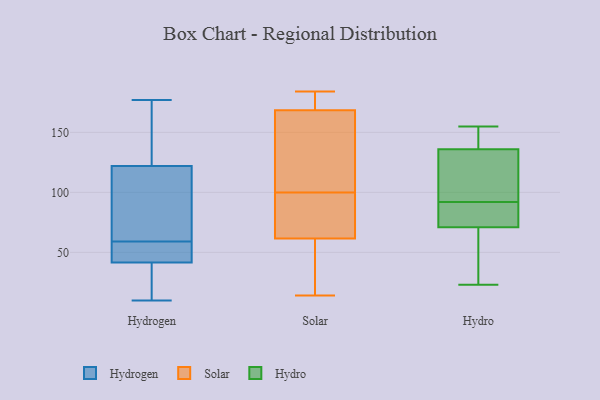
{"axis": {"x": "Latency (ms)", "y": "Value"}, "legend": ["Hydro", "Hydrogen", "Solar"], "data": [{"x": "", "y": 125, "type": "Hydrogen"}, {"x": "", "y": 77, "type": "Hydrogen"}, {"x": "", "y": 41, "type": "Hydrogen"}, {"x": "", "y": 137, "type": "Hydrogen"}, {"x": "", "y": 10, "type": "Hydrogen"}, {"x": "", "y": 132, "type": "Hydrogen"}, {"x": "", "y": 42, "type": "Hydrogen"}, {"x": "", "y": 16, "type": "Hydrogen"}, {"x": "", "y": 51, "type": "Hydrogen"}, {"x": "", "y": 61, "type": "Hydrogen"}, {"x": "", "y": 42, "type": "Hydrogen"}, {"x": "", "y": 119, "type": "Hydrogen"}, {"x": "", "y": 177, "type": "Hydrogen"}, {"x": "", "y": 57, "type": "Hydrogen"}, {"x": "", "y": 31, "type": "Hydrogen"}, {"x": "", "y": 92, "type": "Hydrogen"}, {"x": "", "y": 182, "type": "Solar"}, {"x": "", "y": 64, "type": "Solar"}, {"x": "", "y": 59, "type": "Solar"}, {"x": "", "y": 14, "type": "Solar"}, {"x": "", "y": 159, "type": "Solar"}, {"x": "", "y": 45, "type": "Solar"}, {"x": "", "y": 112, "type": "Solar"}, {"x": "", "y": 112, "type": "Solar"}, {"x": "", "y": 88, "type": "Solar"}, {"x": "", "y": 184, "type": "Solar"}, {"x": "", "y": 82, "type": "Solar"}, {"x": "", "y": 178, "type": "Solar"}, {"x": "", "y": 141, "type": "Hydro"}, {"x": "", "y": 89, "type": "Hydro"}, {"x": "", "y": 64, "type": "Hydro"}, {"x": "", "y": 155, "type": "Hydro"}, {"x": "", "y": 103, "type": "Hydro"}, {"x": "", "y": 78, "type": "Hydro"}, {"x": "", "y": 95, "type": "Hydro"}, {"x": "", "y": 87, "type": "Hydro"}, {"x": "", "y": 153, "type": "Hydro"}, {"x": "", "y": 29, "type": "Hydro"}, {"x": "", "y": 131, "type": "Hydro"}, {"x": "", "y": 23, "type": "Hydro"}]}